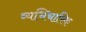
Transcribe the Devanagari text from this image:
व्यभिचारिक